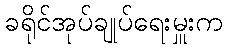
ခရိုင်အုပ်ချုပ်ရေးမှူးက